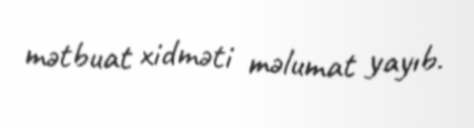
mətbuat xidməti məlumat yayıb.